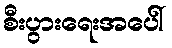
စီးပွားရေးအပေါ်